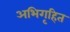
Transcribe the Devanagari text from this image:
अभिगृहित